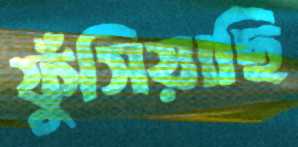
ফুঁসিয়াছি